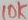
Text: 10K